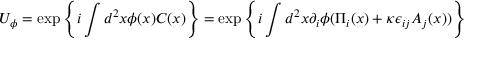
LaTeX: U _ { \phi } = \exp \left\{ i \int d ^ { 2 } x \phi ( x ) C ( x ) \right\} = \exp \left\{ i \int d ^ { 2 } x \partial _ { i } \phi ( \Pi _ { i } ( x ) + \kappa \epsilon _ { i j } A _ { j } ( x ) ) \right\}